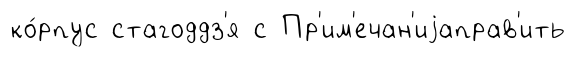
ко́рпус стагоддз'я с Пр'им'ечан'иjаправ'ить